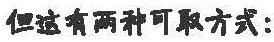
但这有两种可取方式：